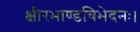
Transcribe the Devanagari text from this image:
क्षीरभाण्डविभेदनः।